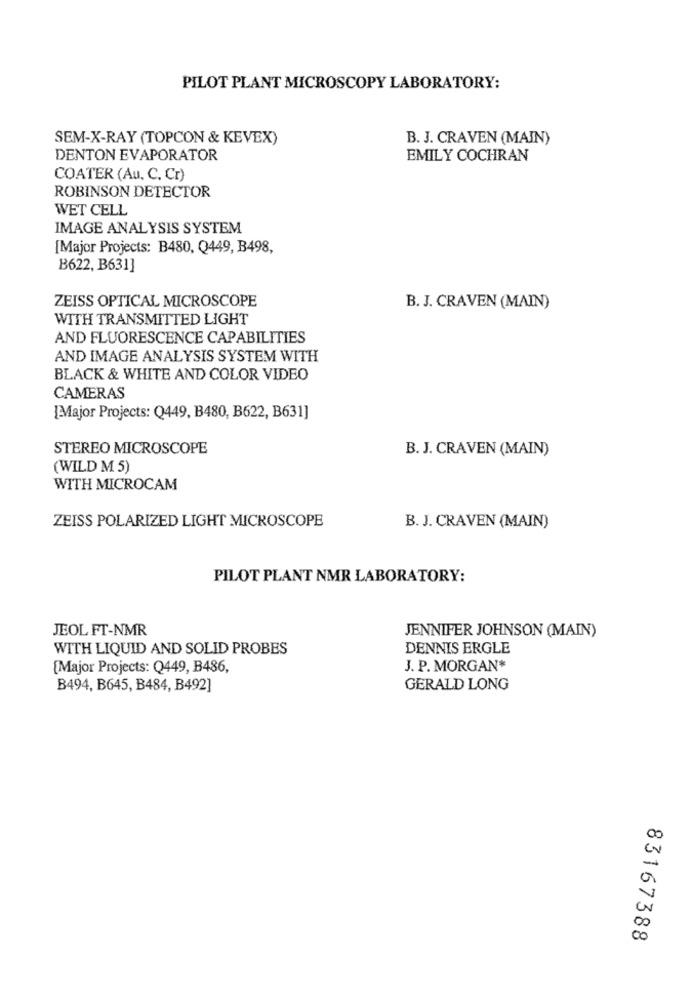
PILOT PLANT MICROSCOPY LABORATORY:
SEM-X-RAY (TOPCON & KEVEX)
B. J. CRAVEN (MAIN)
DENTON EVAPORATOR
EMILY COCHRAN
COATER (Au, C. Cr)
ROBINSON DETECTOR
WET CELL
IMAGE ANALYSIS SYSTEM
[Major Projects: B480, Q449, B498,
B622, B631]
ZEISS OPTICAL MICROSCOPE
B. J. CRAVEN (MAIN)
WITH TRANSMITTED LIGHT
AND FLUORESCENCE CAPABILITIES
AND IMAGE ANALYSIS SYSTEM WITH
BLACK & WHITE AND COLOR VIDEO
CAMERAS
[Major Projects: Q449, B480, B622, B631]
STEREO MICROSCOPE
B. J. CRAVEN (MAIN)
(WILD M 5)
WITH MICROCAM
ZEISS POLARIZED LIGHT MICROSCOPE
B. J. CRAVEN (MAIN)
PILOT PLANT NMR LABORATORY:
JEOL FT-NMR
JENNIFER JOHNSON (MAIN)
WITH LIQUID AND SOLID PROBES
DENNIS ERGLE
[Major Projects: Q449, B486,
J. P. MORGAN*
B494, B645, B484, B492]
GERALD LONG
20
00
83167388